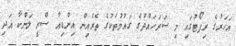
އަހަރުގެ ރިޕޯޓުގައި މި ސަރަހައްދުގެ ގައުމުތަކުގެ ތެރެއިން އިންޑިއާ ސްރީ ލަންކާ އަދި